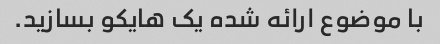
با موضوع ارائه شده یک هایکو بسازید.